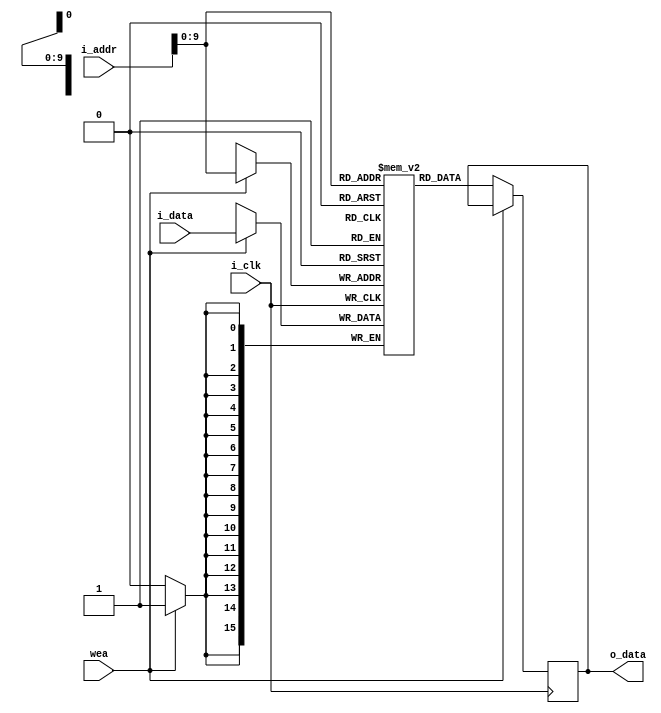
`timescale 1ns / 1ps

//////////////////////////////////////////////////////////////////////////////////
// Company: 
// 
// Design Name: 
// Module Name: memoria_datos
// Project Name: BIPI
// Target Devices: 
// Tool Versions: 
// Description:
// 
// Dependencies: 
// 
// Revision:
// Revision 0.01 - File Created
// Additional Comments:
// 
//////////////////////////////////////////////////////////////////////////////////


module memoria_datos
#(
  parameter RAM_WIDTH = 16,             //ancho de entradas
  parameter RAM_DEPTH = 1024,             //numero de entradas de la memoria
  parameter RAM_PERFORMANCE = "LOW_LATENCY", 
  parameter INIT_FILE = ""                         // direccion del archivo txt de inicializacion de la memoria
)
(
  input [clogb2(RAM_DEPTH)-1:0] i_addr,   //Bus de direccion
  input [RAM_WIDTH-1:0] i_data,           //Input para la escritura
  input i_clk,                            // Clock
  input wea,                              // Write enable
  output [RAM_WIDTH-1:0] o_data         //Output para la lectura
);

  reg [RAM_WIDTH - 1 : 0] BRAM [RAM_DEPTH - 1 : 0];
  reg [RAM_WIDTH - 1 : 0] ram_data = {RAM_WIDTH {1'b0}};

  // Inicializacion de la memoria ,en 0's si el archivo es nulo
  generate
    if (INIT_FILE != "") begin: use_init_file
      initial
        $readmemh(INIT_FILE, BRAM, 0, RAM_DEPTH - 1);
    end else begin: init_bram_to_zero
      integer ram_index;
      initial
        for (ram_index = 0; ram_index < RAM_DEPTH; ram_index = ram_index + 1)
          BRAM[ram_index] = ram_index;
    end
  endgenerate


  always @(negedge i_clk)
      if (wea)
        BRAM [i_addr] <= i_data;//si esta en modo escritura se escribe en ram el input
      else
        ram_data <= BRAM [i_addr];//sino se lee en flanco ascendente o desendente

  //  modo HIGH_PERFORMANCE (flanco ascendente) o LOW_LATENCY (flanco descendente)
  generate
    if (RAM_PERFORMANCE == "LOW_LATENCY") begin: no_output_register

       assign o_data = ram_data;//lectura en flaco descendente para la mem datos

    end else begin: output_register


      reg [RAM_WIDTH - 1 : 0] reg_data_out = {RAM_WIDTH {1'b0}};

      always @(posedge i_clk)
          reg_data_out <= ram_data;

      assign o_data = reg_data_out;//lectura en flaco ascendente para la mem de programa

    end
  endgenerate

  //funcion para el calculo de la direccion en base a la ram_depth
  function integer clogb2;
    input integer depth;
      for (clogb2 = 0; depth > 0; clogb2 = clogb2+1)
        depth = depth >> 1;
  endfunction

endmodule